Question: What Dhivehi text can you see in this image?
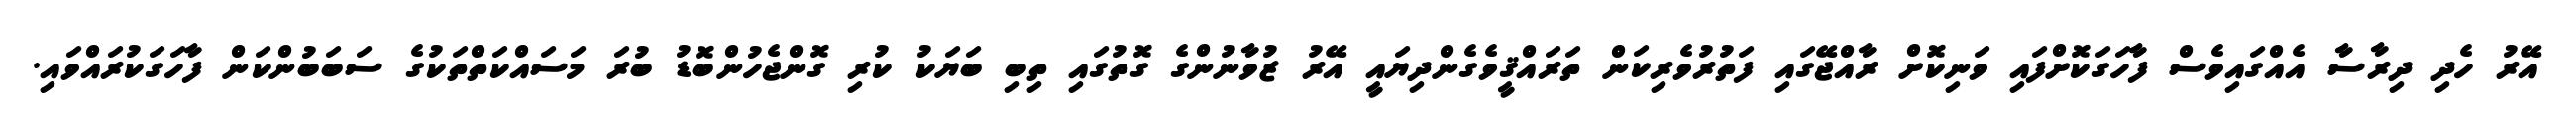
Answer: އޭރު ހެދި ދިރާސާ އެއްގައިވެސް ފާހަގަކޮށްފައި ވަނިކޮށް ރާއްޖޭގައި ފަތުރުވެރިކަން ތަރައްޤީވެގެންދިޔައީ އޭރު ޒުވާނުންގެ ގޮތުގައި ތިބި ބަޔަކު ކުރި ގޮންޖެހުންބޮޑު ބުރަ މަސައްކަތްތަކުގެ ސަބަބުންކަން ފާހަގަކުރައްވައި.